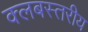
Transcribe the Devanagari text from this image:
क्लबस्तरीय